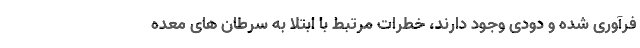
فرآوری شده و دودی وجود دارند، خطرات مرتبط با ابتلا به سرطان های معده